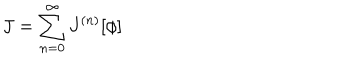
LaTeX: J = \sum _ { n = 0 } ^ { \infty } J ^ { ( n ) } [ \phi ]